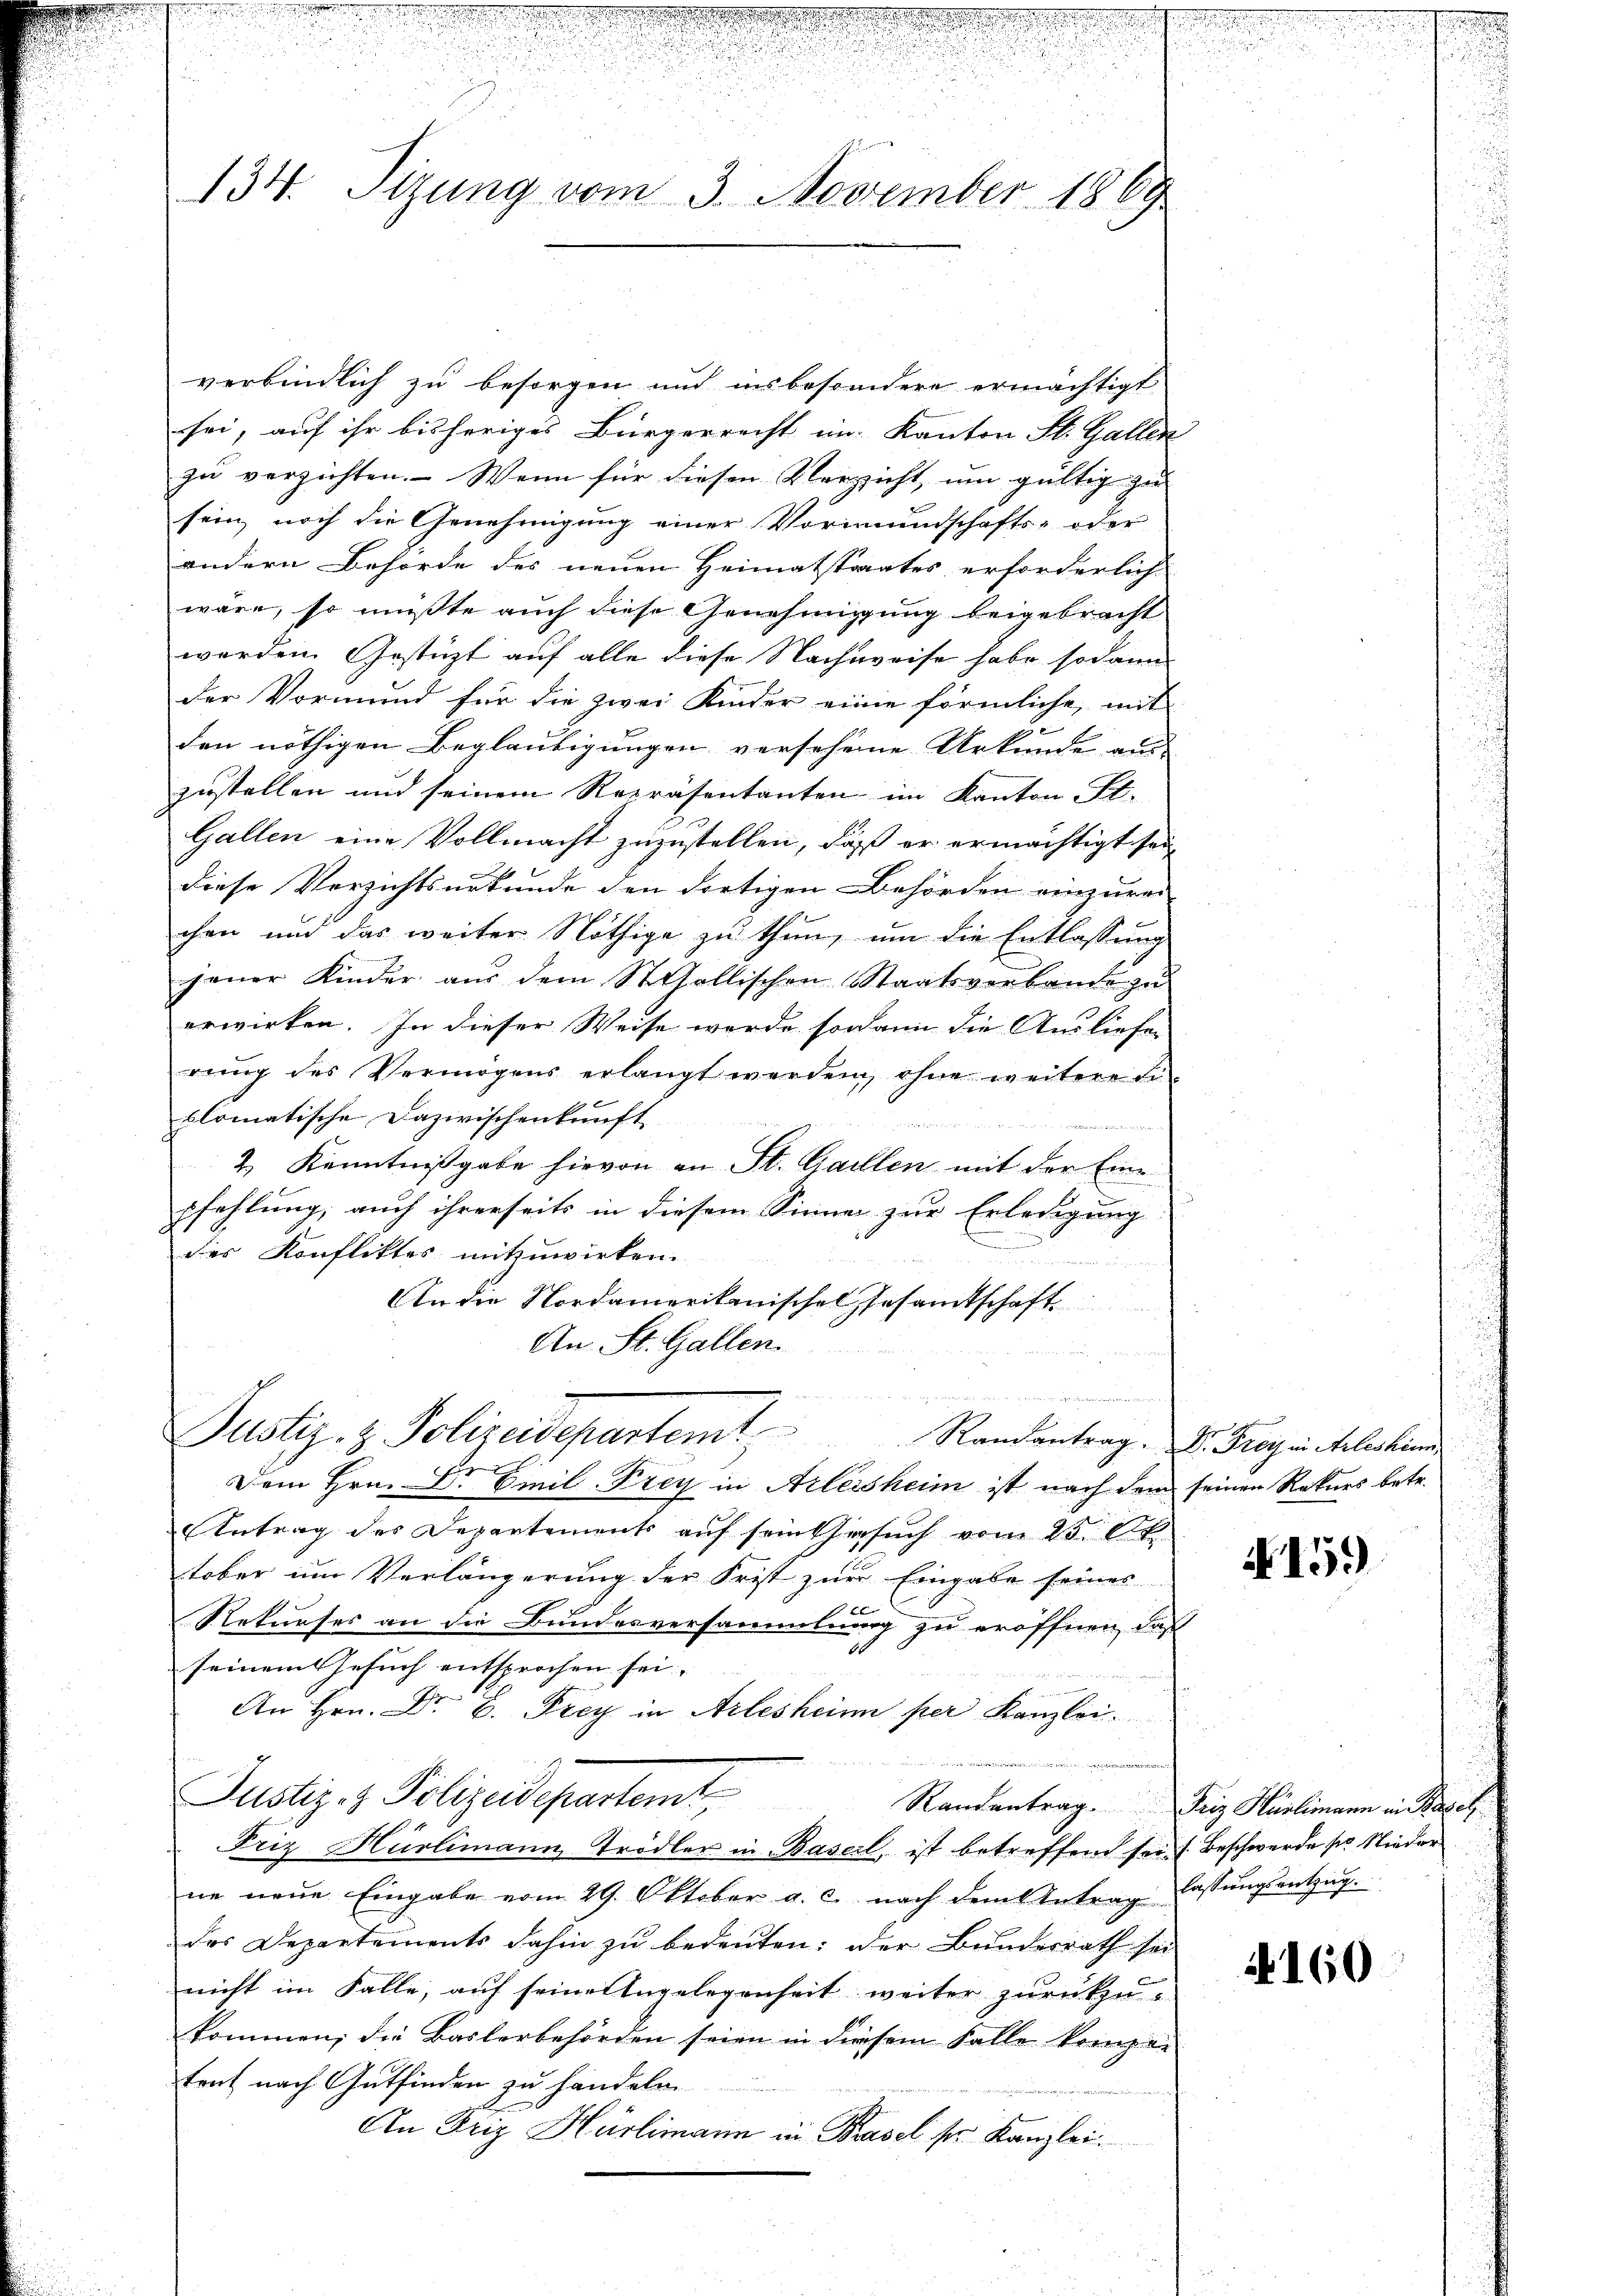
u
134. Sizung vom 3. November 1869

d

verbindlich zu besorgen und insbesondere ermächtigt
sei, auf ihr bisheriges Bürgerrecht im Kanton St. Gallen
zu verzichten. Wenn für diesen Verzicht, um gültig zu
sein, noch die Genehmigung einer Vormundschafts- oder
andern Behörde des neuen Heimatstrates erforderlich
wäre, so müßte auch diese Genehmigung beigebracht
werden Gestützt auf alle diese Nachweise habe sodann
der Vormund für die zwei Kinder eine förmliche, mit
den nöthigen Beglaubigungen versehene Urkunde aus-
zustellen und seinem Repräsentanten im Kanton St.
Gallen eine Vollmacht zuzustellen, daß er ermächtigt sei
diese Verzichtsurkunde den dortigen Behörden einzurei-
chen und das weiter Nöthige zu thun, um die Entlassung
jener Kinder aŭs dem Stollischen Staatsverbande zŭ
erwirken. In dieser Weise werde sodann die Ausliefer
rung des Vermögens erlangt werden, ohne weitere Li
plomatische Dazwischenkunft
           das ist einen

2. Kenntnißgabe hievon an St. Gallen mit der Eine
pfehlung, auch ihrerseits in diesem Sinnen zur Erledigung
des Konfliktes mitzuwirken.
An die Nordamerikanisches Gesamtschaft
An St. Gallen.
Justiz- & Polizeidepartemt
Ramantrag. Dr. Frey in Arleshin
Dem Hrn. Dr Emil Frey in Arlesheim ist nach dem seinen Rekurs betr.
Antrag des Departements auf sein Gesuch vom 25. d.
tober um Verlängerung der Frist zur Eingabe seines
Rekurses an die Bundesversammlung zu eröffnen, daß
seinem Gesuch entsprochen sei.
An Hrn. Dr. B. Frey in Arlesheim per Kanzlei.
Justiz- & Polizeidepartemt
Randantrag Friz Hürlimann in Basel
Friz Hürlimann Trödler in Basel, ist betreffend sei. Beschwerde sr Nieder
ne neue Eingabe vom 29. Oktober a. c. nach dem Antrag lassungsentzugdas Departements dahin zu bedeuten: Der Bundesrath sei
nicht im Falle, auf seine Angelegenheit weiter zurückzukommen; die Baslerbehörden seien in diesem Falle kompei
tent nach Gutfinden zu handeln.
An Friz Hürlimann in Basel ser Kanzlei.

N159

.

4160